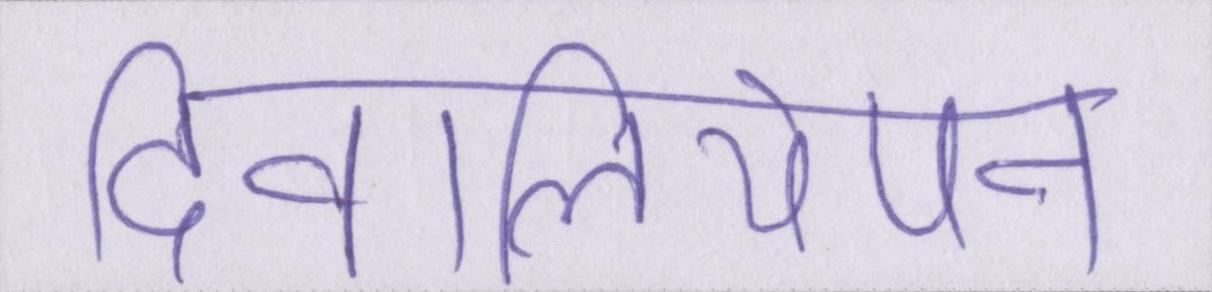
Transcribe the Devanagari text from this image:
दीवालियेपन